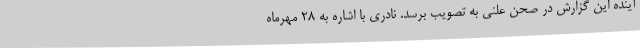
آینده این گزارش در صحن علنی به تصویب برسد. نادری با اشاره به 28 مهرماه